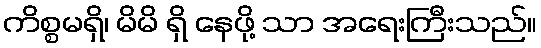
ကိစ္စမရှိ၊ မိမိ ရှိ နေဖို့ သာ အရေးကြီးသည်။